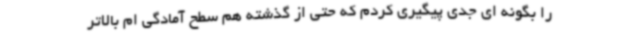
را بگونه ای جدی پیگیری کردم که حتی از گذشته هم سطح آمادگی ام بالاتر